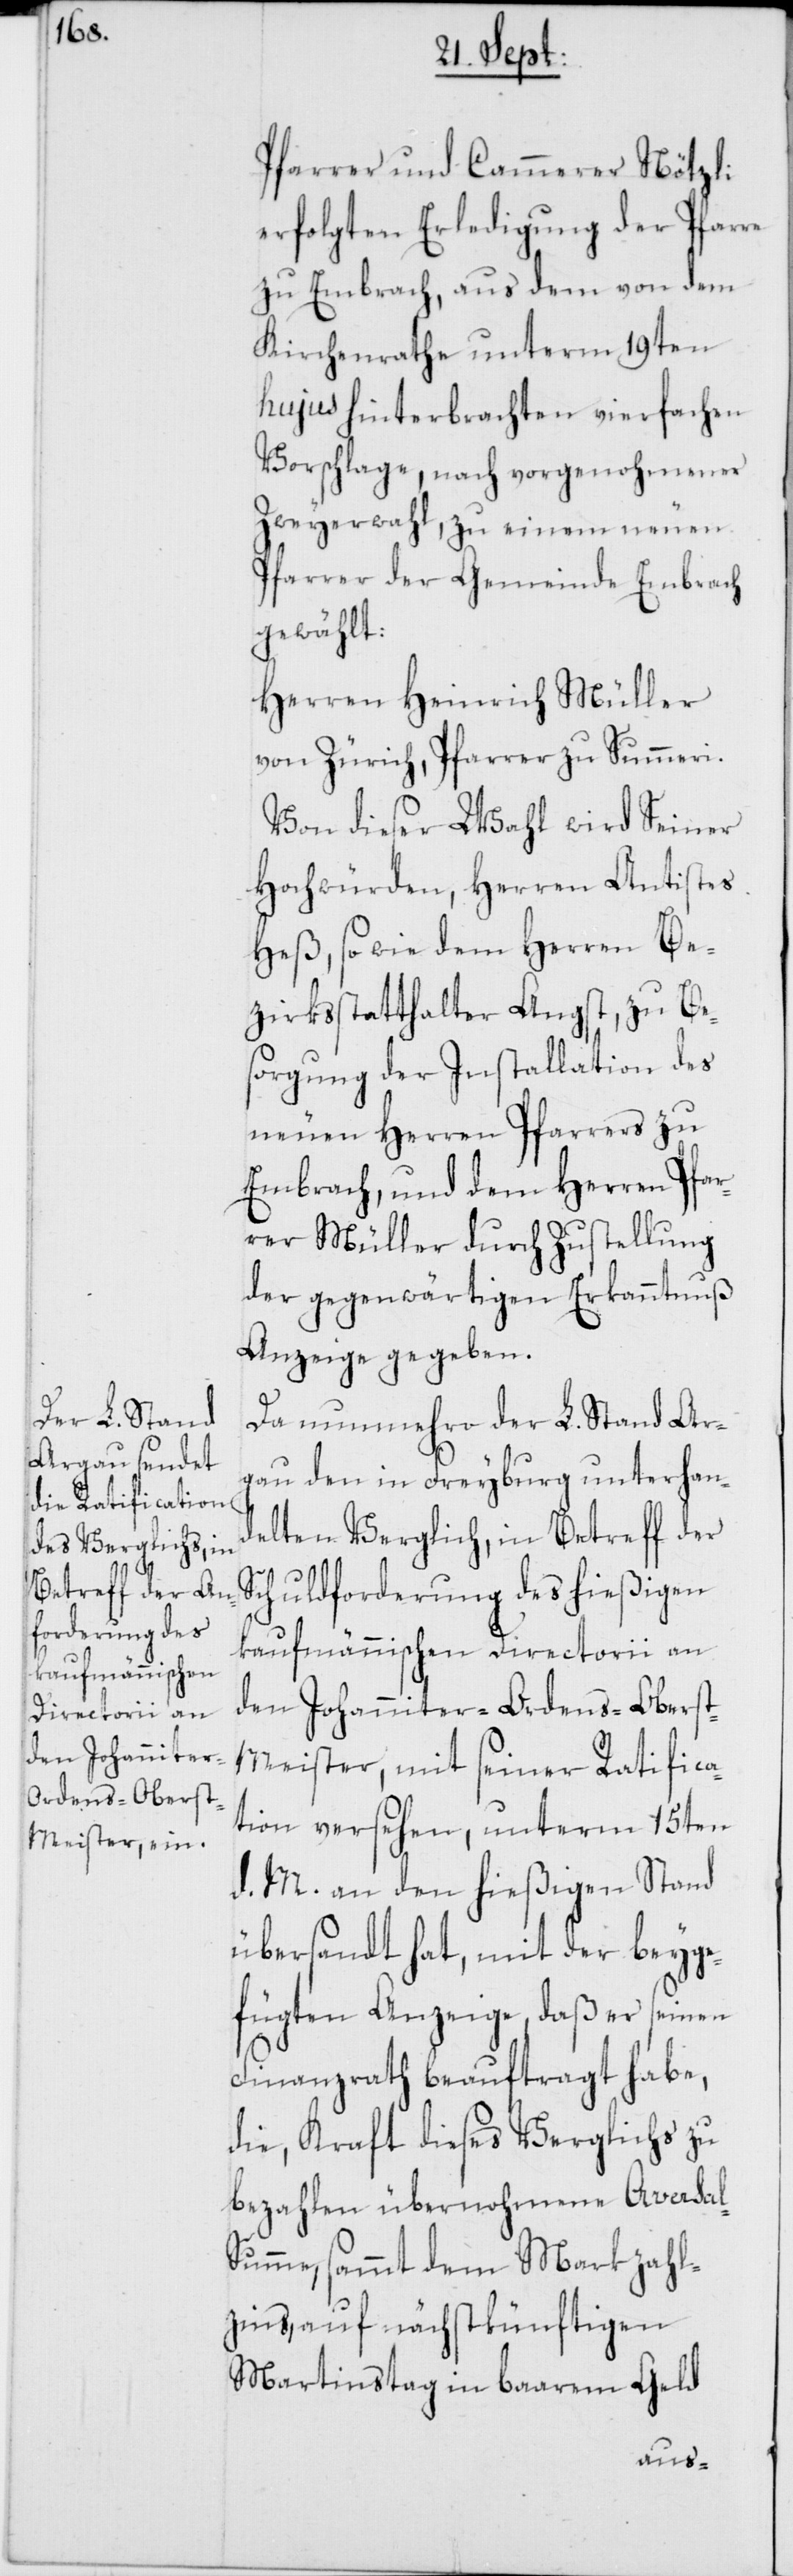
Pfarrer und Cammerer Nötzli
erfolgten Erledigung der Pfarre
zu Embrach, aus dem von dem
Kirchenrathe unterm 19ten
hujus hinterbrachten vierfachen
Vorschlage, nach vorgenohmener
Zweyerwahl, zu einem neuen
Pfarrer der Gemeinde Embrach
gewählt:
Herren Heinrich Müller
von Zürich, Pfarrer zu Summeri.
Von dieser Wahl wird Seiner
Hochwürden, Herren Antistes
Heß, so wie dem Herren Be¬
zirksstatthalter Angst, zu Be¬
sorgung der Installation des
neuen Herren Pfarrers zu
Embrach, und dem Herren Pfar¬
rer Müller durch Zustellung
der gegenwärtigen Erkanntnuß
Anzeige gegeben.
Da nunmehro der L. Stand Ar¬
gau den in Freyburg unterhan¬
delten Verglich, in Betreff der
Schuldforderung des hießigen
kaufmännischen Directorii an
den Johanniter-Ordens-Obers¬
t-Meister, mit seiner Ratifica¬
tion versehen, unterm 15ten
d. M. an den hießigen Stand
übersandt hat, mit der beyge¬
fügten Anzeige, daß er seinen
Finanzrath beauftragt habe,
die, Kraft dieses Verglichs zu
bezahlen übernommene Aversal-S¬
umme, sammt dem Markzahl¬
zins, auf nächstkünftigen
Martinstag in baarem Geld